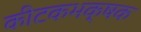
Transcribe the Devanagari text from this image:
कीटकभक्षक